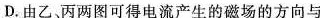
D.由乙、丙两图可得电流产生的磁场的方向与